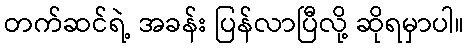
တက်ဆင်ရဲ့ အခန်း ပြန်လာပြီလို့ ဆိုရမှာပါ။